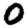
Digit: 0